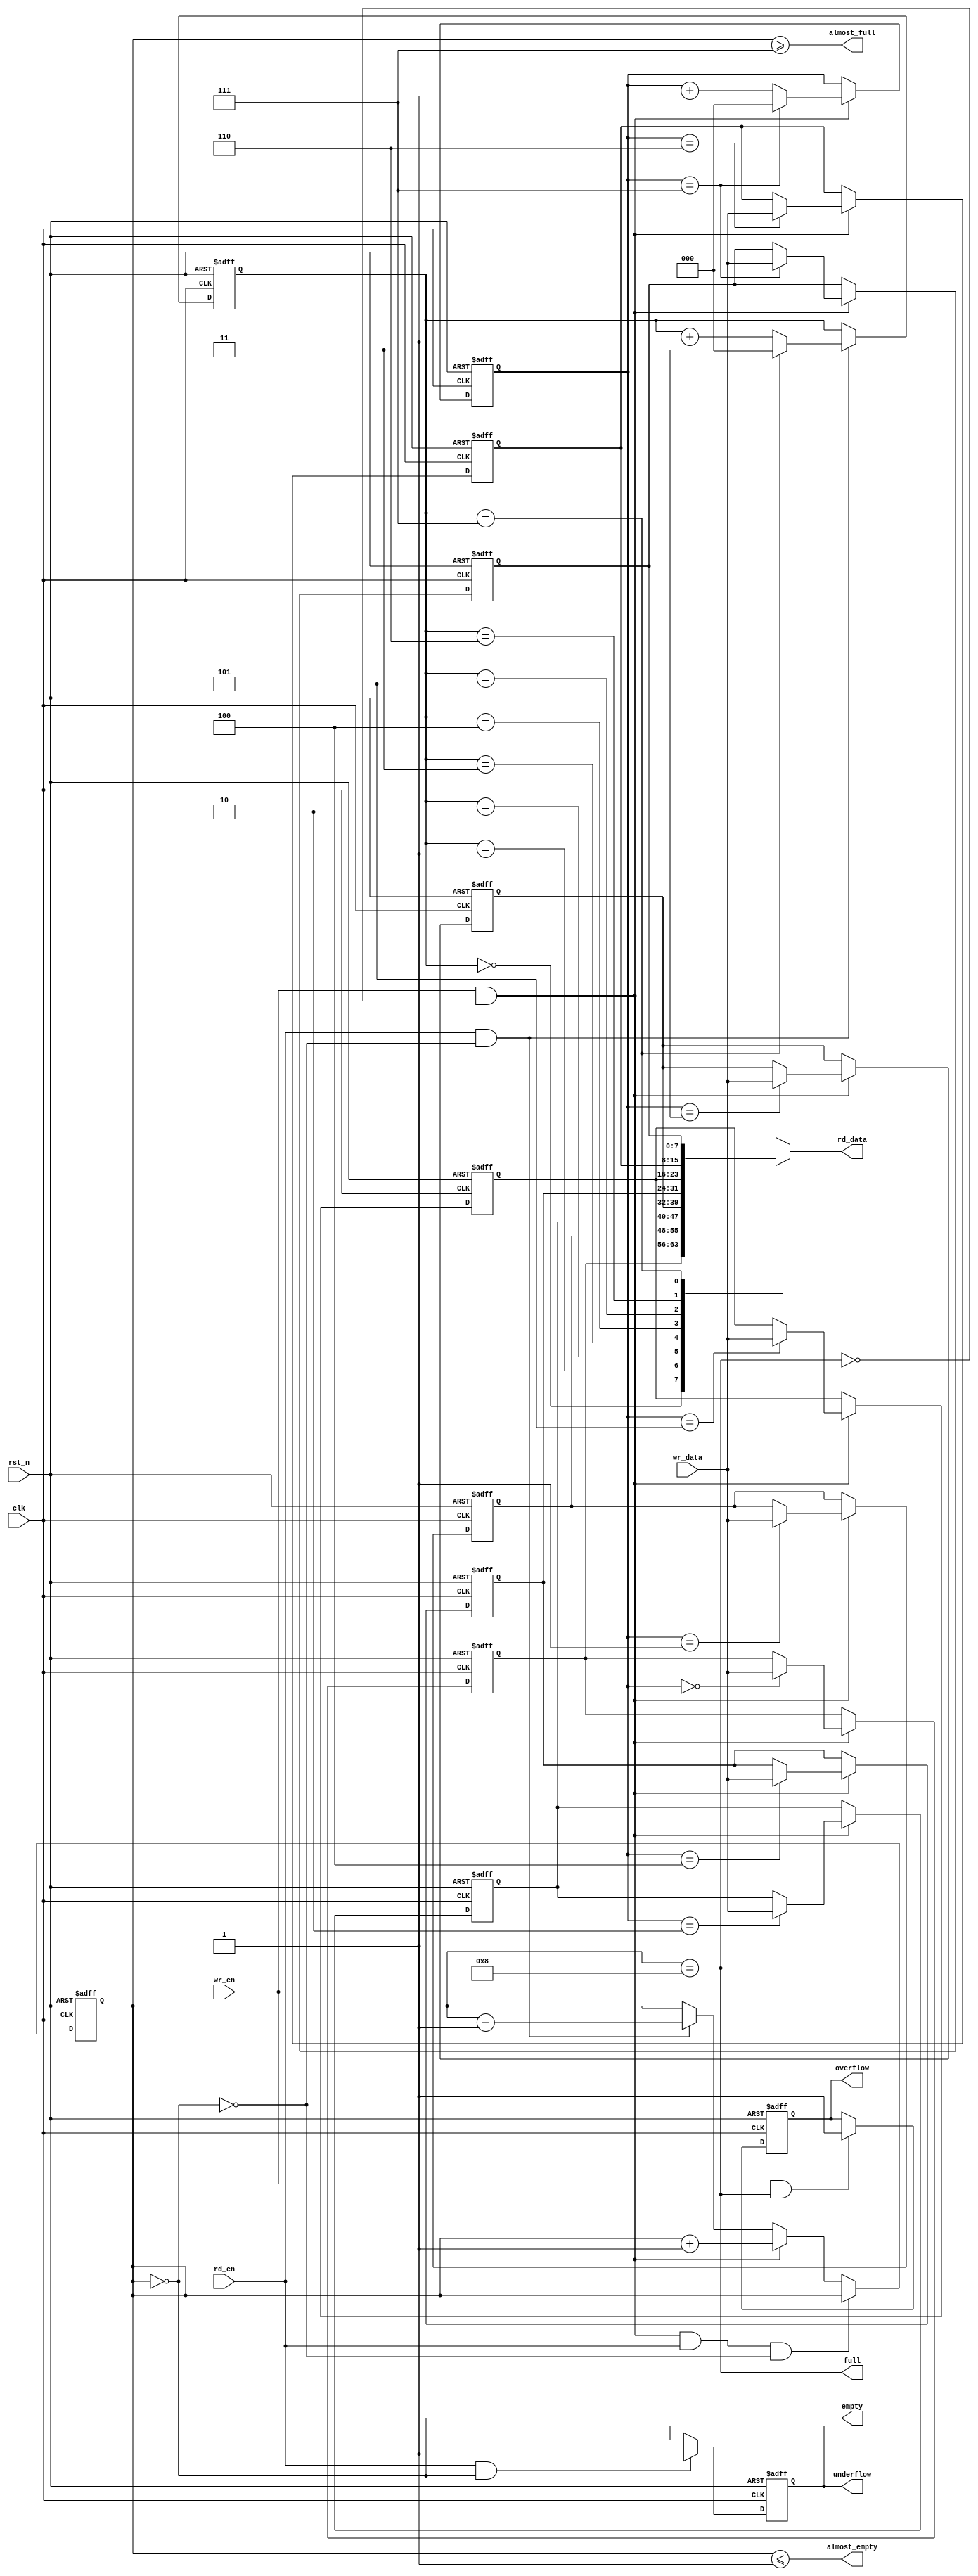
module sync_fifo #(
    parameter DATA_WIDTH   = 8           ,
    parameter FIFO_DEPTH   = 8           ,
    parameter AFULL_DEPTH  = FIFO_DEPTH-1,
    parameter AEMPTY_DEPTH = 1           ,
    parameter RDATA_MODE   = 0                //0: comb 1:reg,default 0 
)(
    input                       clk         ,
    input                       rst_n       ,
    //input signal
    input                       wr_en       ,
    input      [DATA_WIDTH-1:0] wr_data     ,
    input                       rd_en       ,
    output reg [DATA_WIDTH-1:0] rd_data     ,
    //fifo status
    output                      full        ,
    output                      almost_full ,
    output                      empty       ,
    output                      almost_empty,
    output reg                  overflow    ,
    output reg                  underflow    
);

//define ADDR_WIDTH with $clog2
localparam ADDR_WIDTH = $clog2(FIFO_DEPTH);

//internal signals
reg [ADDR_WIDTH-1:0] wr_ptr  ; //write pointer
reg [ADDR_WIDTH-1:0] rd_ptr  ; //read  pointer

reg [ADDR_WIDTH  :0] fifo_cnt;

//mem
reg [DATA_WIDTH-1:0] mem [FIFO_DEPTH-1:0];

integer I;

//fifo_cnt logic 
always@(posedge clk or negedge rst_n) begin
if(!rst_n)
    fifo_cnt <= {(ADDR_WIDTH+1){1'b0}};
else if(wr_en && ~full && rd_en && ~empty)
    fifo_cnt <= fifo_cnt;
else if(wr_en && ~full)
    fifo_cnt <= fifo_cnt + 1'b1;
else if(rd_en && ~empty)
    fifo_cnt <= fifo_cnt - 1'b1;
end

//write pointer logic
always@(posedge clk or negedge rst_n) begin
if(!rst_n)
    wr_ptr <= {ADDR_WIDTH{1'b0}};
else if(wr_en && ~full) begin
    if(wr_ptr == FIFO_DEPTH-1)
        wr_ptr <= {ADDR_WIDTH{1'b0}};
    else
        wr_ptr <= wr_ptr + 1'b1;
    end    
end

//read pointer logic
always@(posedge clk or negedge rst_n) begin
if(!rst_n)
    rd_ptr <= {ADDR_WIDTH{1'b0}};
else if(rd_en && ~empty) begin
    if(rd_ptr == FIFO_DEPTH-1)
        rd_ptr <= {ADDR_WIDTH{1'b0}};
    else
        rd_ptr <= rd_ptr + 1'b1;
    end
end

//mem logic
always@(posedge clk or negedge rst_n) begin
if(!rst_n)
    for(I = 0; I < FIFO_DEPTH; I = I+1)
        mem[I] <= {DATA_WIDTH{1'b0}};
else if(wr_en && ~full)
    mem[wr_ptr] <= wr_data;       
end

generate 
if(RDATA_MODE == 1'b0) begin
    always@(*)
        rd_data = mem[rd_ptr];
end
else begin
    always@(posedge clk or negedge rst_n) begin
    if(!rst_n)
        rd_data <= {DATA_WIDTH{1'b0}};
    else if(rd_en && ~empty)
        rd_data <= mem[rd_ptr];
    end
end
endgenerate

always@(posedge clk or negedge rst_n) begin
if(!rst_n)
    overflow <= 1'b0;
else if(wr_en && full)
    overflow <= 1'b1;
end

always@(posedge clk or negedge rst_n) begin
if(!rst_n)
    underflow <= 1'b0;
else if(rd_en && empty)
    underflow <= 1'b1;
end

assign full  = fifo_cnt==FIFO_DEPTH;

assign empty = fifo_cnt=={(ADDR_WIDTH+1){1'b0}};

assign almost_full  = fifo_cnt>=AFULL_DEPTH;

assign almost_empty = fifo_cnt<=AEMPTY_DEPTH;

endmodule